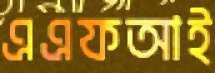
এএফআই